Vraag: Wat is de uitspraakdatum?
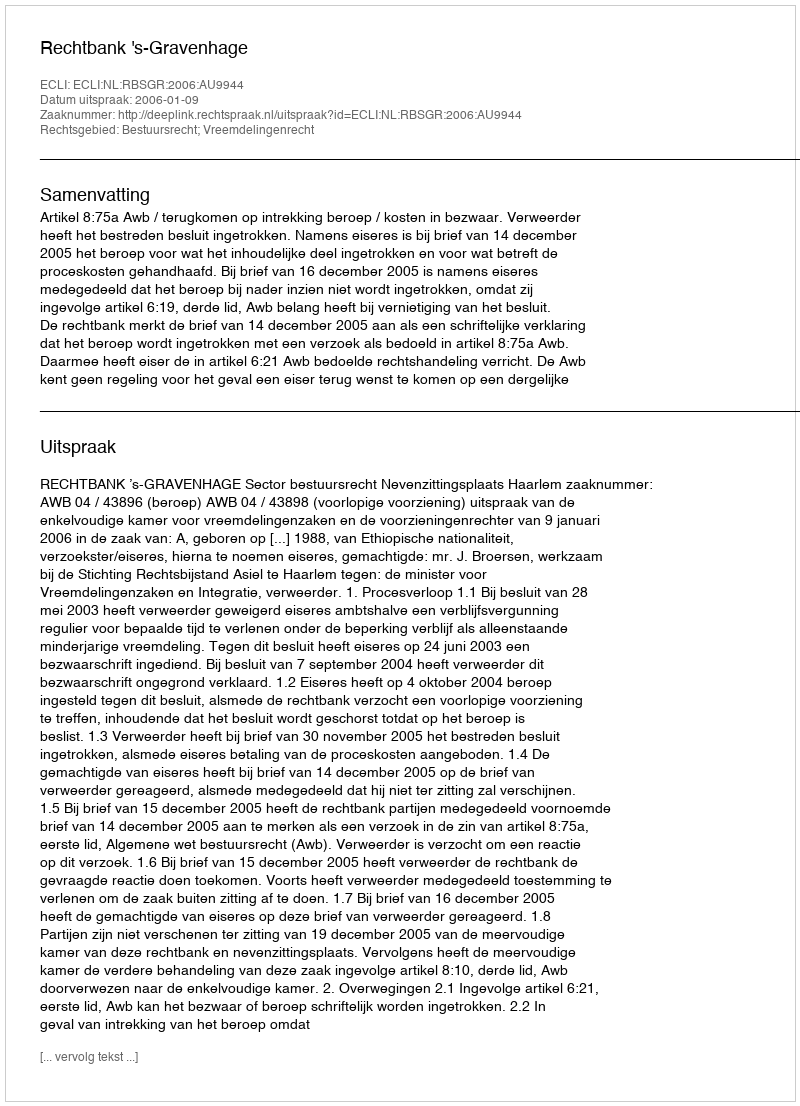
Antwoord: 2006-01-09